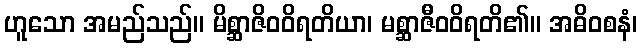
ဟူသော အမည်သည်။ မိစ္ဆာဇိဝဝိရတိယာ၊ မစ္ဆာဇီဝဝိရတိ၏။ အဓိဝစနံ၊